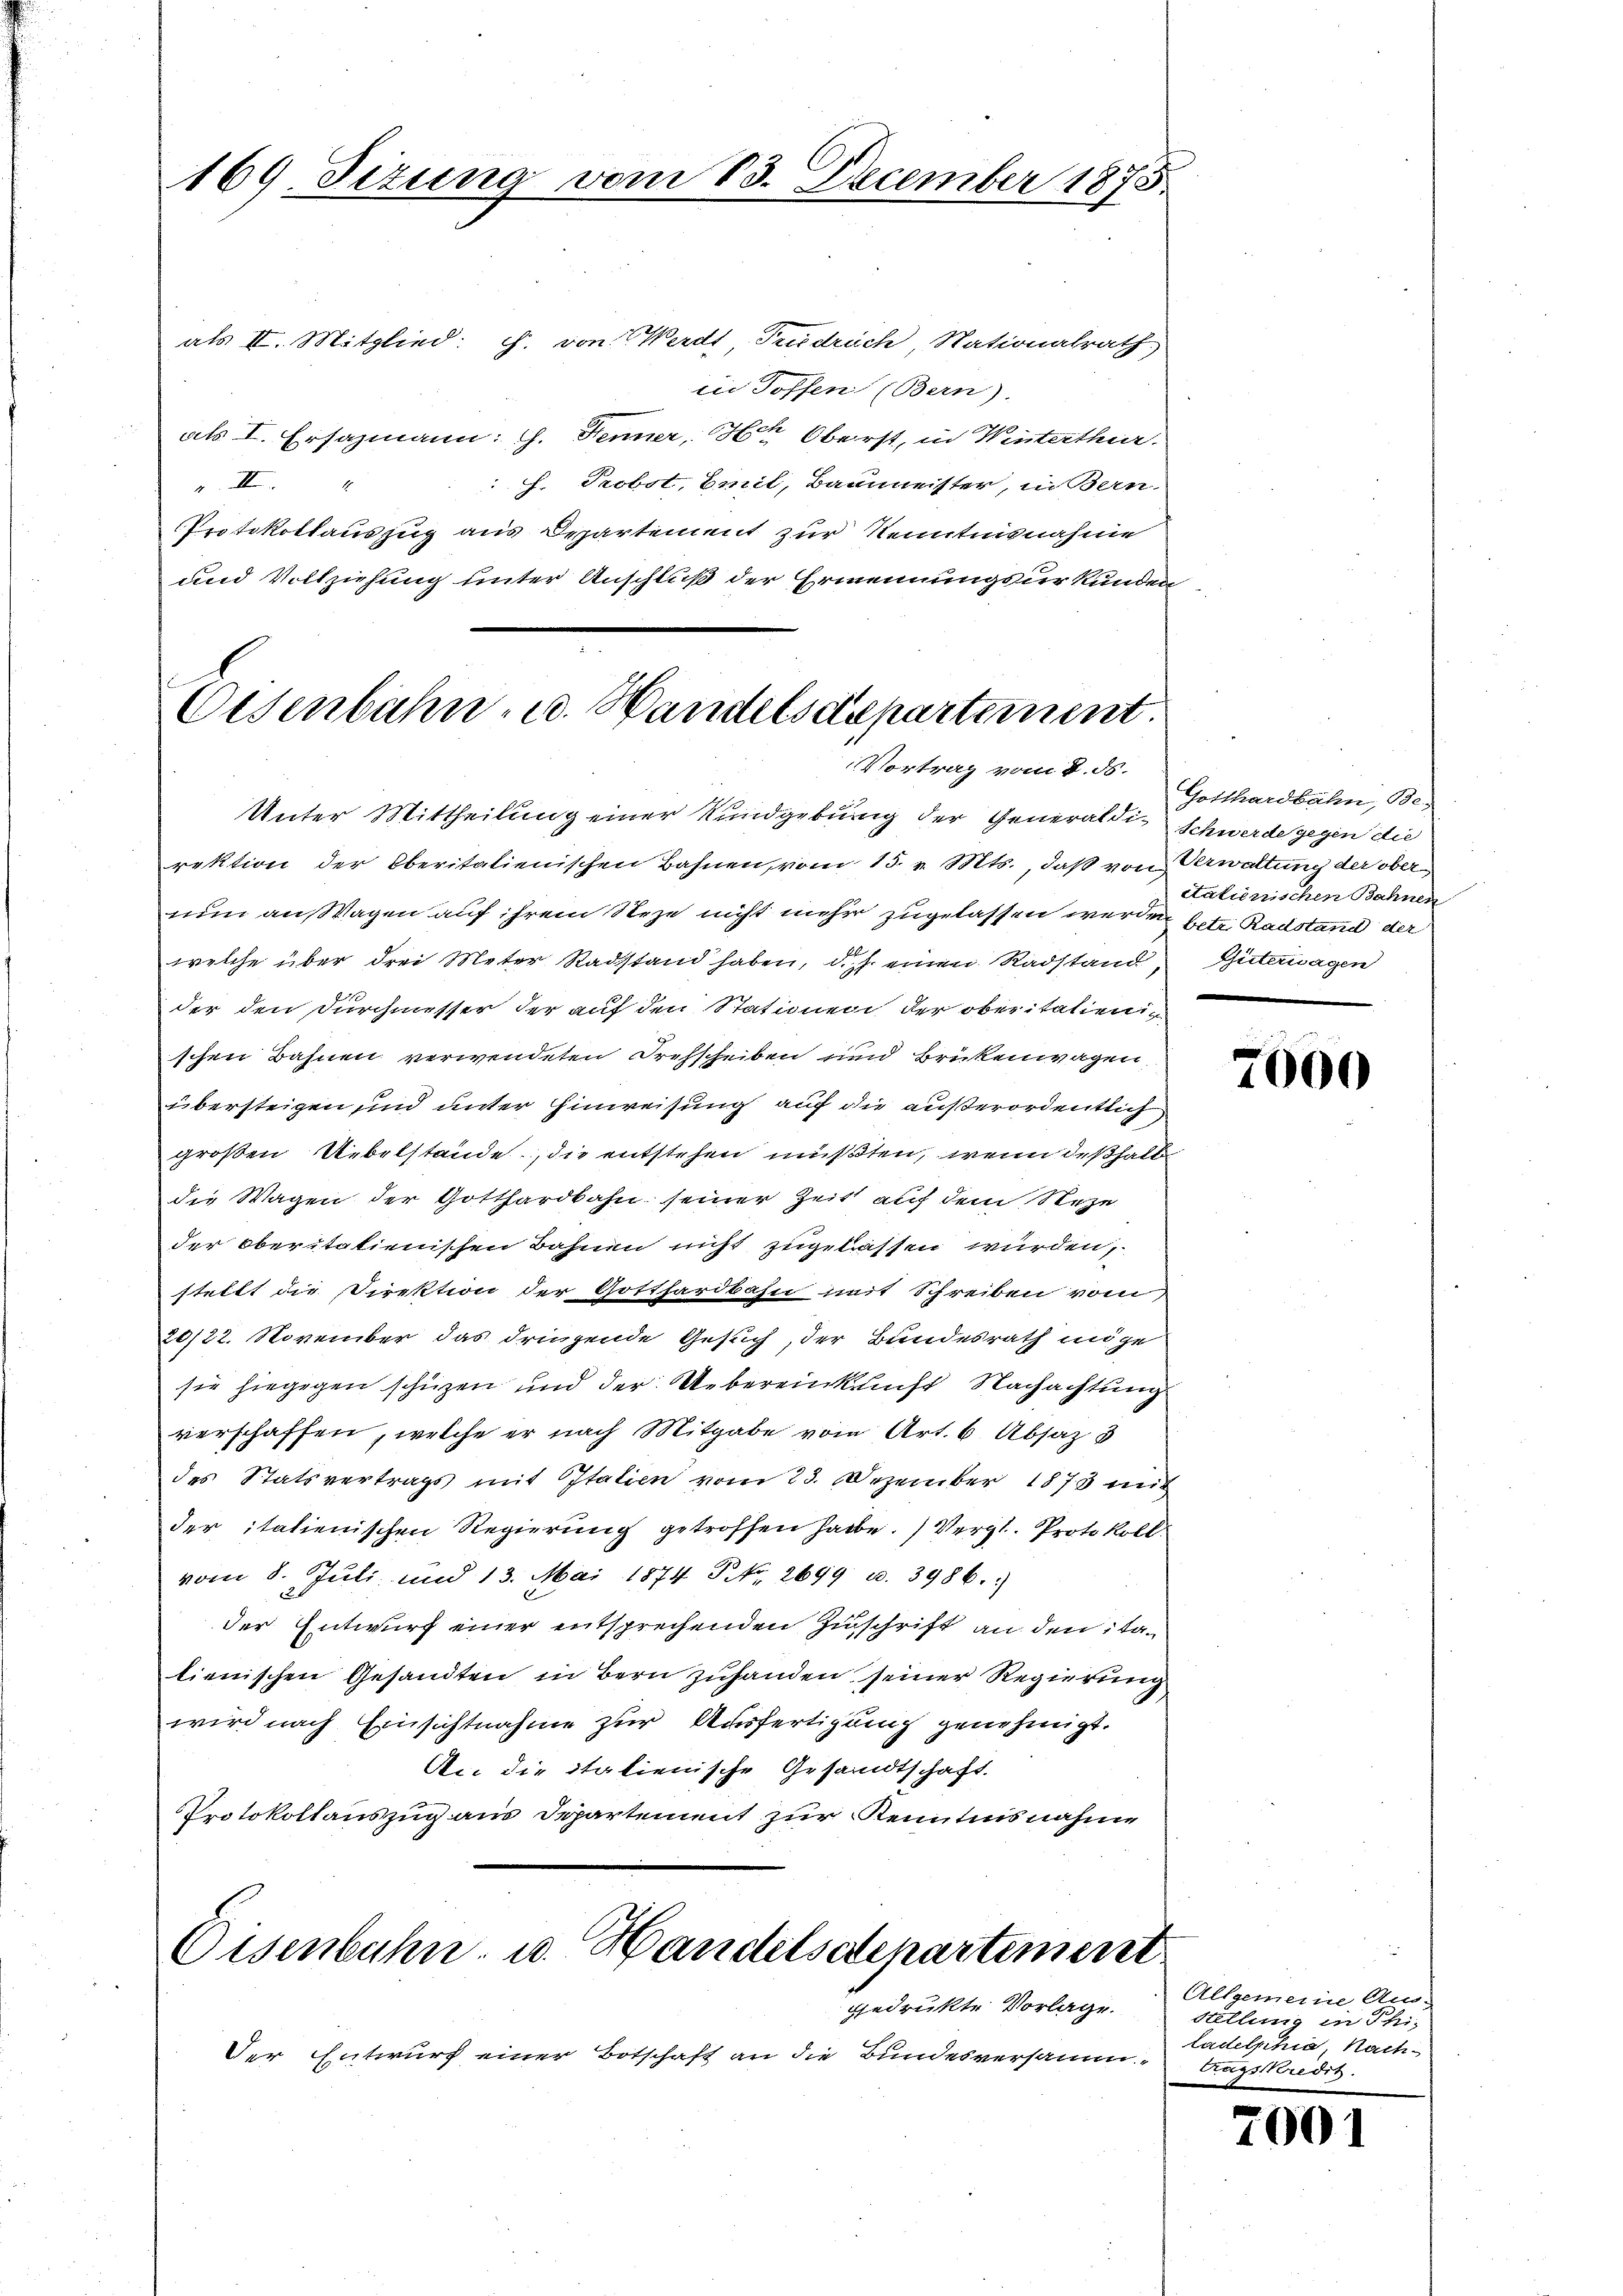
169. Tizung vom 13. December 1873

als II. Mitglied: J. von Werdt Tusdruch, Nationalrath
in Toffen (Bern).
als I. Ersazmann: J. Fenner,  Oberst, in Winterthur.
J. Probst, Emil, Baumeister, in Bern-
.II
Protokollauszug aus Departement zur Kenntnisnahme
und Vollziehung unter Anschluß der Ernennungsurkunden

Osenbahn- u. Handelsdepartement.
Vortrag vom 8. ds.

Unter Mittheilung einer Rundgebung der Generaldi-Schwerde gegen die
rektion der Oberitalienischen Bahnen, vom 15. v. Mts., daß von Verwaltung der obernun an, Wagen auf ihrem See nicht mehr zugelassen werden betr. Radstand der
welche über drei Meter Radstand haben, d. J. einen Radstand, Güternagen
der den durchmesser der auf den Stationen der oberitalienischen Bahnen verwendeten Drehscheiben und Brükenwagen.
übersteigen und unter Hinweisung auf die außerordentlich
großen Uebelstände, die entstehen müßten, wenn deßhalb
die Wagen der Gotthardbahn seiner Zeit auf dem Reze
der oberitatienischen Bahnen nicht zugelassen wurden,
stellt die Direktion der Gotthardbahn mit Schreiben vom
20/22. November das dringende Gesuch, der Bundesrath möge
sie hiegegen schüzen und der Uebereinkunft Nachachtung
verschaffen, welche er nach Mitgabe vom Art. 6. Absaz 3
des Statsvertrags mit Italien vom 23. Dezember 1873 mit
der italienischen Regierung getroffen habe.) Vergl. Protokoll.
vom 8. Juli und 13. Mai 1874. No. 2699 u. 3986.)
der Entwurf einer entsprechenden Zinschrift an den talienischen Gesandten in Bern zuhanden seiner Regierung
wird nach Einsichtnahme zur Ausfertigung genehmigt.
An die italienische Gesandtschaft.
Protokollauszug aus Departement zur Kenntnisnahme

gedrukte Vorlage.
Der Entwurf einer Botschaft an die Bundesversamm-

Eisenbahn u. Handelsdepartement

Gotthardbahn, Be-
etatierischen Bahnen

n

7000

Allgemeine An-
Stellung in Phitadelphia, Nachtragskredit.

7001